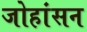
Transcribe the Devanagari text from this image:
जोहांसन